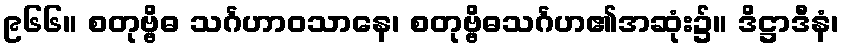
၉၆၆။ စတုဗ္ဗိဓ သင်္ဂဟာဝသာနေ၊ စတုဗ္ဗိဓသင်္ဂဟ၏အဆုံး၌။ ဒိဋ္ဌာဒီနံ၊